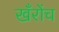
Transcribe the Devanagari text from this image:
खँरोंच